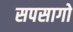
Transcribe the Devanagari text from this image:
सपसागो